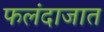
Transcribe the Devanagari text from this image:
फलंदाजात